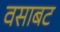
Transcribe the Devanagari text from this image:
वसाबट